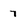
Character: 7